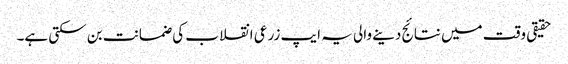
حقیقی وقت میں نتائج دینے والی یہ ایپ زرعی انقلاب کی ضمانت بن سکتی ہے۔